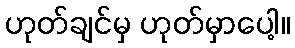
ဟုတ်ချင်မှ ဟုတ်မှာပေါ့။